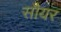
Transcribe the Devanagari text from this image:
सौयर